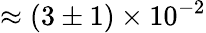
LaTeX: \approx(3\pm 1)\times 10^{-2}